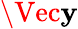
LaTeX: \Vec{\mathbf{y}}